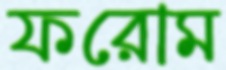
ফরোম